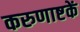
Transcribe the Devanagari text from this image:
करुणाष्टकें